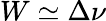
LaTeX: W\simeq\Delta\nu